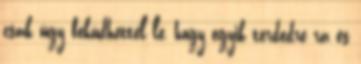
csak úgy feküdhettél le, hogy egyik térdedre rá és